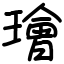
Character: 璯